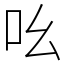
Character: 吆